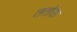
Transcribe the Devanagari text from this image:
ततोऊ